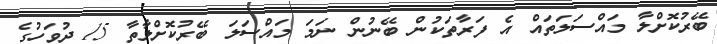
ބޭރުކޮށްލާ މައްސަލަތައް އެ ފަރާތަކުން ބޭނުން ނަމަ މައްސަލަ ބޭރުކޮށްލާތާ 15 ދުވަހުގެ